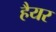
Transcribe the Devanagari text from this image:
हैयर